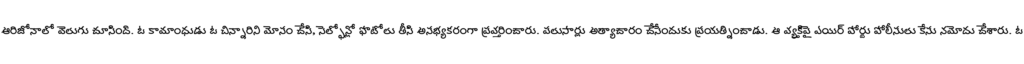
ఆరిజోనాలో వెలుగు చూసింది. ఓ కామాంధుడు ఓ చిన్నారిని మోసం చేసి, సెల్ఫోన్లో ఫొటోలు తీసి అసభ్యకరంగా ప్రవర్తించారు. పలుసార్లు అత్యాచారం చేసేందుకు ప్రయత్నించాడు. ఆ వ్యక్తిపై ఎయిర్ పోర్టు పోలీసులు కేసు నమోదు చేశారు. ఓ